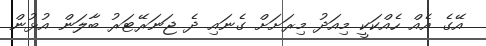
އޭގެ އެއް ހެއްކަކީ މިއަދު މިރަށަށް ގެނައި ދެ ޖަނަރޭޓަރު ބާލަން އުޅުން